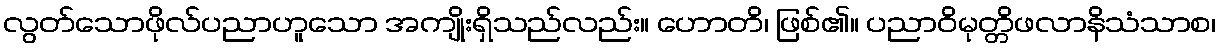
လွတ်သောဖိုလ်ပညာဟူသော အကျိုးရှိသည်လည်း။ ဟောတိ၊ ဖြစ်၏။ ပညာဝိမုတ္တိဖလာနိသံသာစ၊